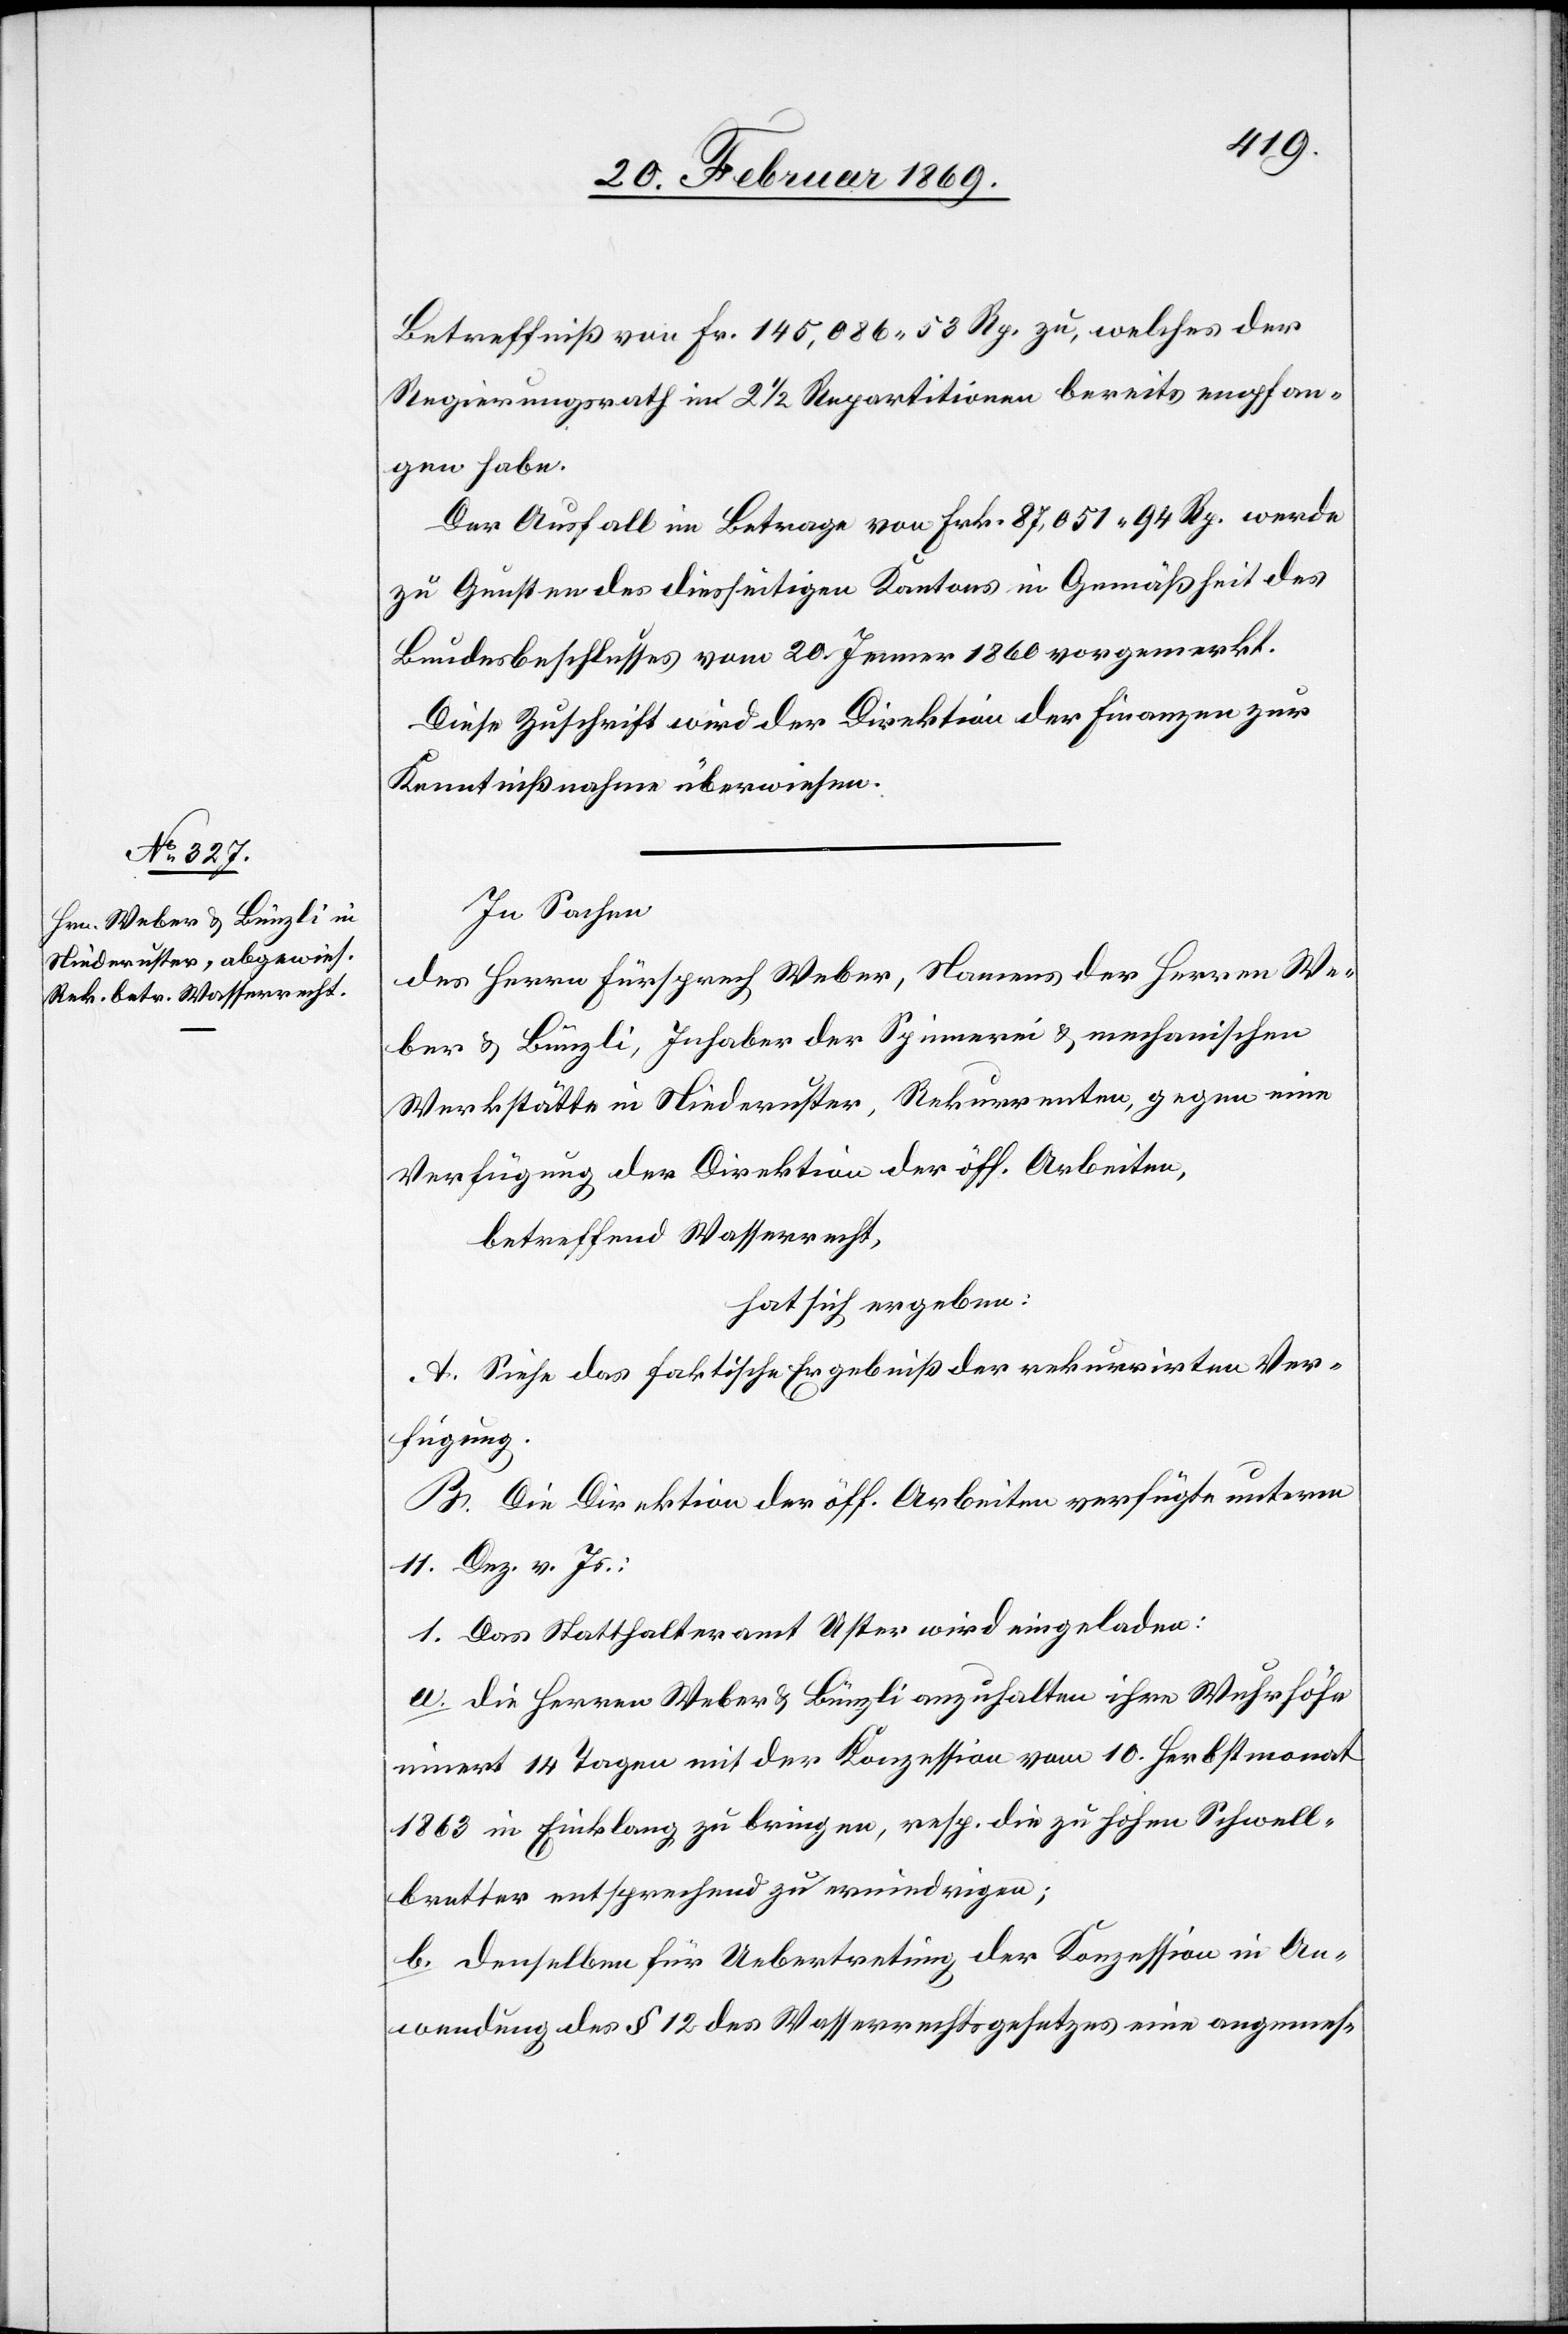
Betreffniß von Fr. 145,086 53 Rp. zu, welches der
Regierungsrath in 2 1/2 Repartitionen bereits empfan¬
gen habe.
Der Ausfall im Betrage von Frk. 87,051 94 Rp. werde
zu Gunsten des diesseitigen Kantons in Gemäßheit des
Bundesbeschlusses vom 20. Jenner 1860 vorgemerkt.
Diese Zuschrift wird der Direktion der Finanzen zur
Kenntnißnahme überwiesen.
In Sachen
des Herrn Fürsprech Weber, Namens der Herren We¬
ber & Bünzli, Inhaber der Spinnerei & mechanischen
Werkstätte in Niederuster, Rekurrenten, gegen eine
Verfügung der Direktion der öff. Arbeiten,
betreffend Wasserrecht,
hat sich ergeben:
A. Siehe das faktische Ergebniß der rekurrirten Ver¬
fügung.
B. Die Direktion der öff. Arbeiten verfügte unterm
11. Dez. v. Js.
1. Das Statthalteramt Uster wird eingeladen:
a. Die Herren Weber & Bünzli anzuhalten ihre Wuhrhöhe
innert 14 Tagen mit der Konzession vom 10. Herbstmonat
1863 in Einklang zu bringen, resp. die hohen Schwell¬
bretter entsprechend zu erniedrigen;
b. Denselben für Uebertretung der Konzession in An¬
wendung des § 12 des Wasserrechtsgesetzes eine angemes-